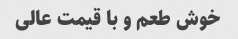
خوش طعم و با قیمت عالی